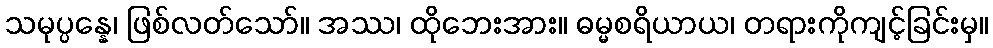
သမုပ္ပန္နေ၊ ဖြစ်လတ်သော်။ အဿ၊ ထိုဘေးအား။ ဓမ္မစရိယာယ၊ တရားကိုကျင့်ခြင်းမှ။